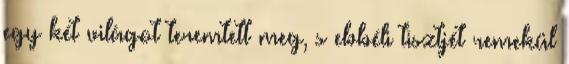
egy két világot teremtett meg, s ebbéli tisztjét remekül